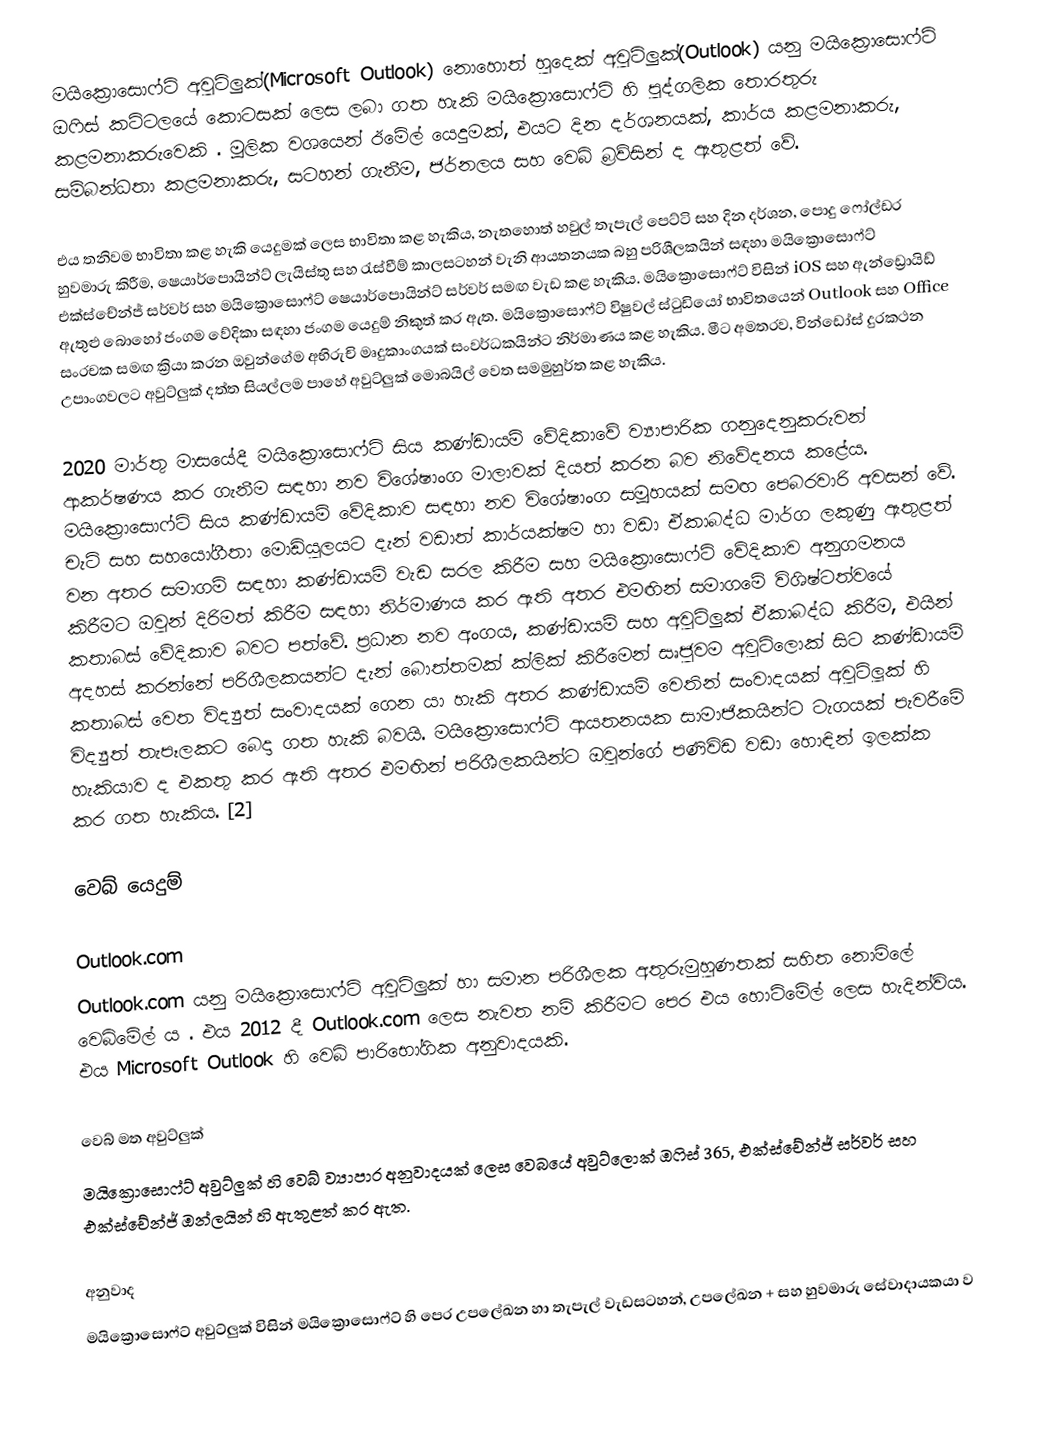
මයික්‍රොසොෆ්ට් අවුට්ලුක්(Microsoft Outlook) නොහොත් හුදෙක් අවුට්ලුක්(Outlook) යනු මයික්‍රොසොෆ්ට් ඔෆිස් කට්ටලයේ කොටසක් ලෙස ලබා ගත හැකි මයික්‍රොසොෆ්ට් හි පුද්ගලික තොරතුරු කළමනාකරුවෙකි . මූලික වශයෙන් ඊමේල් යෙදුමක්, එයට දින දර්ශනයක්, කාර්ය කළමනාකරු, සම්බන්ධතා කළමනාකරු, සටහන් ගැනීම, ජර්නලය සහ වෙබ් බ්‍රව්සින් ද ඇතුළත් වේ.

එය තනිවම භාවිතා කළ හැකි යෙදුමක් ලෙස භාවිතා කළ හැකිය, නැතහොත් හවුල් තැපැල් පෙට්ටි සහ දින දර්ශන, පොදු ෆෝල්ඩර හුවමාරු කිරීම, ෂෙයාර්පොයින්ට් ලැයිස්තු සහ රැස්වීම් කාලසටහන් වැනි ආයතනයක බහු පරිශීලකයින් සඳහා මයික්‍රොසොෆ්ට් එක්ස්චේන්ජ් සර්වර් සහ මයික්‍රොසොෆ්ට් ෂෙයාර්පොයින්ට් සර්වර් සමඟ වැඩ කළ හැකිය. මයික්‍රොසොෆ්ට් විසින් iOS සහ ඇන්ඩ්‍රොයිඩ් ඇතුළු බොහෝ ජංගම වේදිකා සඳහා ජංගම යෙදුම් නිකුත් කර ඇත. මයික්‍රොසොෆ්ට් විෂුවල් ස්ටුඩියෝ භාවිතයෙන් Outlook සහ Office සංරචක සමඟ ක්‍රියා කරන ඔවුන්ගේම අභිරුචි මෘදුකාංගයක් සංවර්ධකයින්ට නිර්මාණය කළ හැකිය.  මීට අමතරව, වින්ඩෝස් දුරකථන උපාංගවලට අවුට්ලුක් දත්ත සියල්ලම පාහේ අවුට්ලුක් මොබයිල් වෙත සමමුහුර්ත කළ හැකිය.

2020 මාර්තු මාසයේදී මයික්‍රොසොෆ්ට් සිය කණ්ඩායම් වේදිකාවේ ව්‍යාපාරික ගනුදෙනුකරුවන් ආකර්ෂණය කර ගැනීම සඳහා නව විශේෂාංග මාලාවක් දියත් කරන බව නිවේදනය කළේය. මයික්‍රොසොෆ්ට් සිය කණ්ඩායම් වේදිකාව සඳහා නව විශේෂාංග සමූහයක් සමඟ පෙබරවාරි අවසන් වේ. චැට් සහ සහයෝගීතා මොඩියුලයට දැන් වඩාත් කාර්යක්ෂම හා වඩා ඒකාබද්ධ මාර්ග ලකුණු ඇතුළත් වන අතර සමාගම් සඳහා කණ්ඩායම් වැඩ සරල කිරීම සහ මයික්‍රොසොෆ්ට් වේදිකාව අනුගමනය කිරීමට ඔවුන් දිරිමත් කිරීම සඳහා නිර්මාණය කර ඇති අතර එමඟින් සමාගමේ විශිෂ්ටත්වයේ කතාබස් වේදිකාව බවට පත්වේ. ප්‍රධාන නව අංගය, කණ්ඩායම් සහ අවුට්ලුක් ඒකාබද්ධ කිරීම, එයින් අදහස් කරන්නේ පරිශීලකයන්ට දැන් බොත්තමක් ක්ලික් කිරීමෙන් සෘජුවම අවුට්ලොක් සිට කණ්ඩායම් කතාබස් වෙත විද්‍යුත් සංවාදයක් ගෙන යා හැකි අතර කණ්ඩායම් වෙතින් සංවාදයක් අවුට්ලූක් හි විද්‍යුත් තැපෑලකට බෙදා ගත හැකි බවයි. මයික්‍රොසොෆ්ට් ආයතනයක සාමාජිකයින්ට ටැගයක් පැවරීමේ හැකියාව ද එකතු කර ඇති අතර එමඟින් පරිශීලකයින්ට ඔවුන්ගේ පණිවිඩ වඩා හොඳින් ඉලක්ක කර ගත හැකිය. [2]

වෙබ් යෙදුම්

Outlook.com
Outlook.com යනු මයික්‍රොසොෆ්ට් අවුට්ලුක් හා සමාන පරිශීලක අතුරුමුහුණතක් සහිත නොමිලේ වෙබ්මේල් ය . එය 2012 දී Outlook.com ලෙස නැවත නම් කිරීමට පෙර එය හොට්මේල් ලෙස හැදින්විය. එය Microsoft Outlook හි වෙබ් පාරිභෝගික අනුවාදයකි.

වෙබ් මත අවුට්ලුක්
මයික්‍රොසොෆ්ට් අවුට්ලුක් හි වෙබ් ව්‍යාපාර අනුවාදයක් ලෙස වෙබයේ අවුට්ලොක් ඔෆිස් 365, එක්ස්චේන්ජ් සර්වර් සහ එක්ස්චේන්ජ් ඔන්ලයින් හි ඇතුළත් කර ඇත.

අනුවාද
මයික්‍රොසොෆ්ට් අවුට්ලුක් විසින් මයික්‍රොසොෆ්ට් හි පෙර උපලේඛන හා තැපැල් වැඩසටහන්, උපලේඛන + සහ හුවමාරු සේවාදායකයා ව